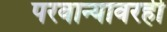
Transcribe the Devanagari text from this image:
परवान्यावरही